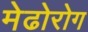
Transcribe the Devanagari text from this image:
मेढोरोग